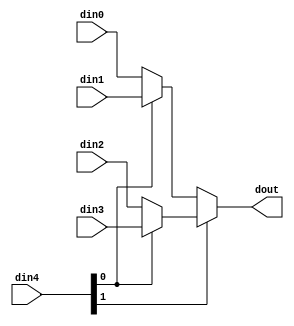
// ==============================================================
// Vivado(TM) HLS - High-Level Synthesis from C, C++ and SystemC v2020.1 (64-bit)
// Copyright 1986-2020 Xilinx, Inc. All Rights Reserved.
// ==============================================================

`timescale 1ns/1ps

module ConvolutionInputGenerator_2_ConvolutionInputGfYi #(
parameter
    ID                = 0,
    NUM_STAGE         = 1,
    din0_WIDTH       = 32,
    din1_WIDTH       = 32,
    din2_WIDTH       = 32,
    din3_WIDTH       = 32,
    din4_WIDTH         = 32,
    dout_WIDTH            = 32
)(
    input  [39 : 0]     din0,
    input  [39 : 0]     din1,
    input  [39 : 0]     din2,
    input  [39 : 0]     din3,
    input  [1 : 0]    din4,
    output [39 : 0]   dout);

// puts internal signals
wire [1 : 0]     sel;
// level 1 signals
wire [39 : 0]         mux_1_0;
wire [39 : 0]         mux_1_1;
// level 2 signals
wire [39 : 0]         mux_2_0;

assign sel = din4;

// Generate level 1 logic
assign mux_1_0 = (sel[0] == 0)? din0 : din1;
assign mux_1_1 = (sel[0] == 0)? din2 : din3;

// Generate level 2 logic
assign mux_2_0 = (sel[1] == 0)? mux_1_0 : mux_1_1;

// output logic
assign dout = mux_2_0;

endmodule